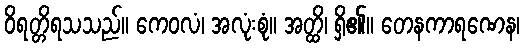
ဝိရတ္တိရသသည်။ ကေဝလံ၊ အလုံးစုံ။ အတ္ထိ၊ ရှိ၏။ တေနကာရဏေန၊